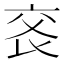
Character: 𠅕